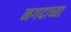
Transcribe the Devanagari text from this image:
नगदाच्या